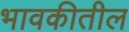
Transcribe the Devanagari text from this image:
भावकीतील